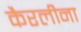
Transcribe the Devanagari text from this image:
कैरलीना